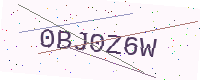
Text: 0BJ0Z6W